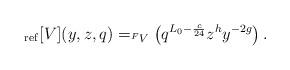
LaTeX: \begin{align*} _{\rm ref}[V](y, z, q) = _{^F V } \left( q^{L_0 -\frac{c}{24}} z^{h} y^{-2g} \right). \end{align*}